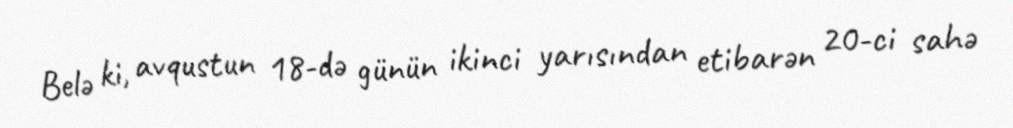
Belə ki, avqustun 18-də günün ikinci yarısından etibarən 20-ci sahə